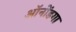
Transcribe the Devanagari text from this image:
ऑनोंडगा